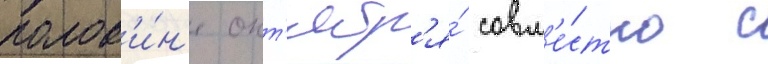
полов'и́н'е окт'ябр'я́ совм'е́стно с